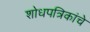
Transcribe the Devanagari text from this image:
शोधपत्रिकांचे